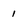
Character: 1